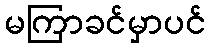
မကြာခင်မှာပင်